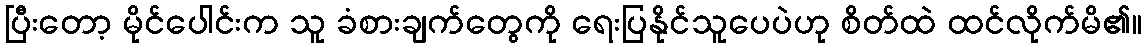
ပြီးတော့ မိုင်ပေါင်းက သူ ခံစားချက်တွေကို ရေးပြနိုင်သူပေပဲဟု စိတ်ထဲ ထင်လိုက်မိ၏။